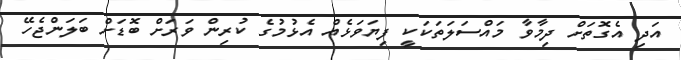
އަދި އެގޮތަށް ދިމާވާ މައްސަލަތަކަކީ ފިޔަވަޅެއް އެޅުމުގެ ކުރިން ވަރަށް ބޮޑަށް ބަލަންޖެހޭ